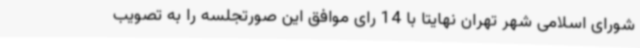
شورای اسلامی شهر تهران نهایتا با 14 رای موافق این صورتجلسه را به تصویب